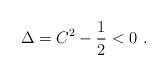
\begin{align*}\Delta = C^2 - {1\over 2}<0 \ . \end{align*}